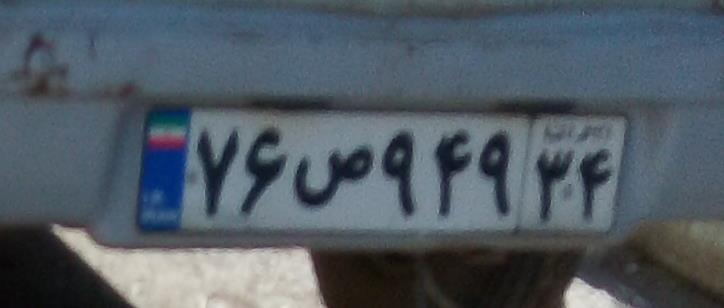
۷۶ص۹۴۹۳۴